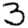
Digit: 3